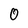
Character: 0